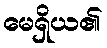
မေရှိယ၏